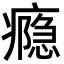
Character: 瘾